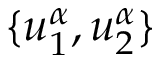
\{ u _ { 1 } ^ { \alpha } , u _ { 2 } ^ { \alpha } \}